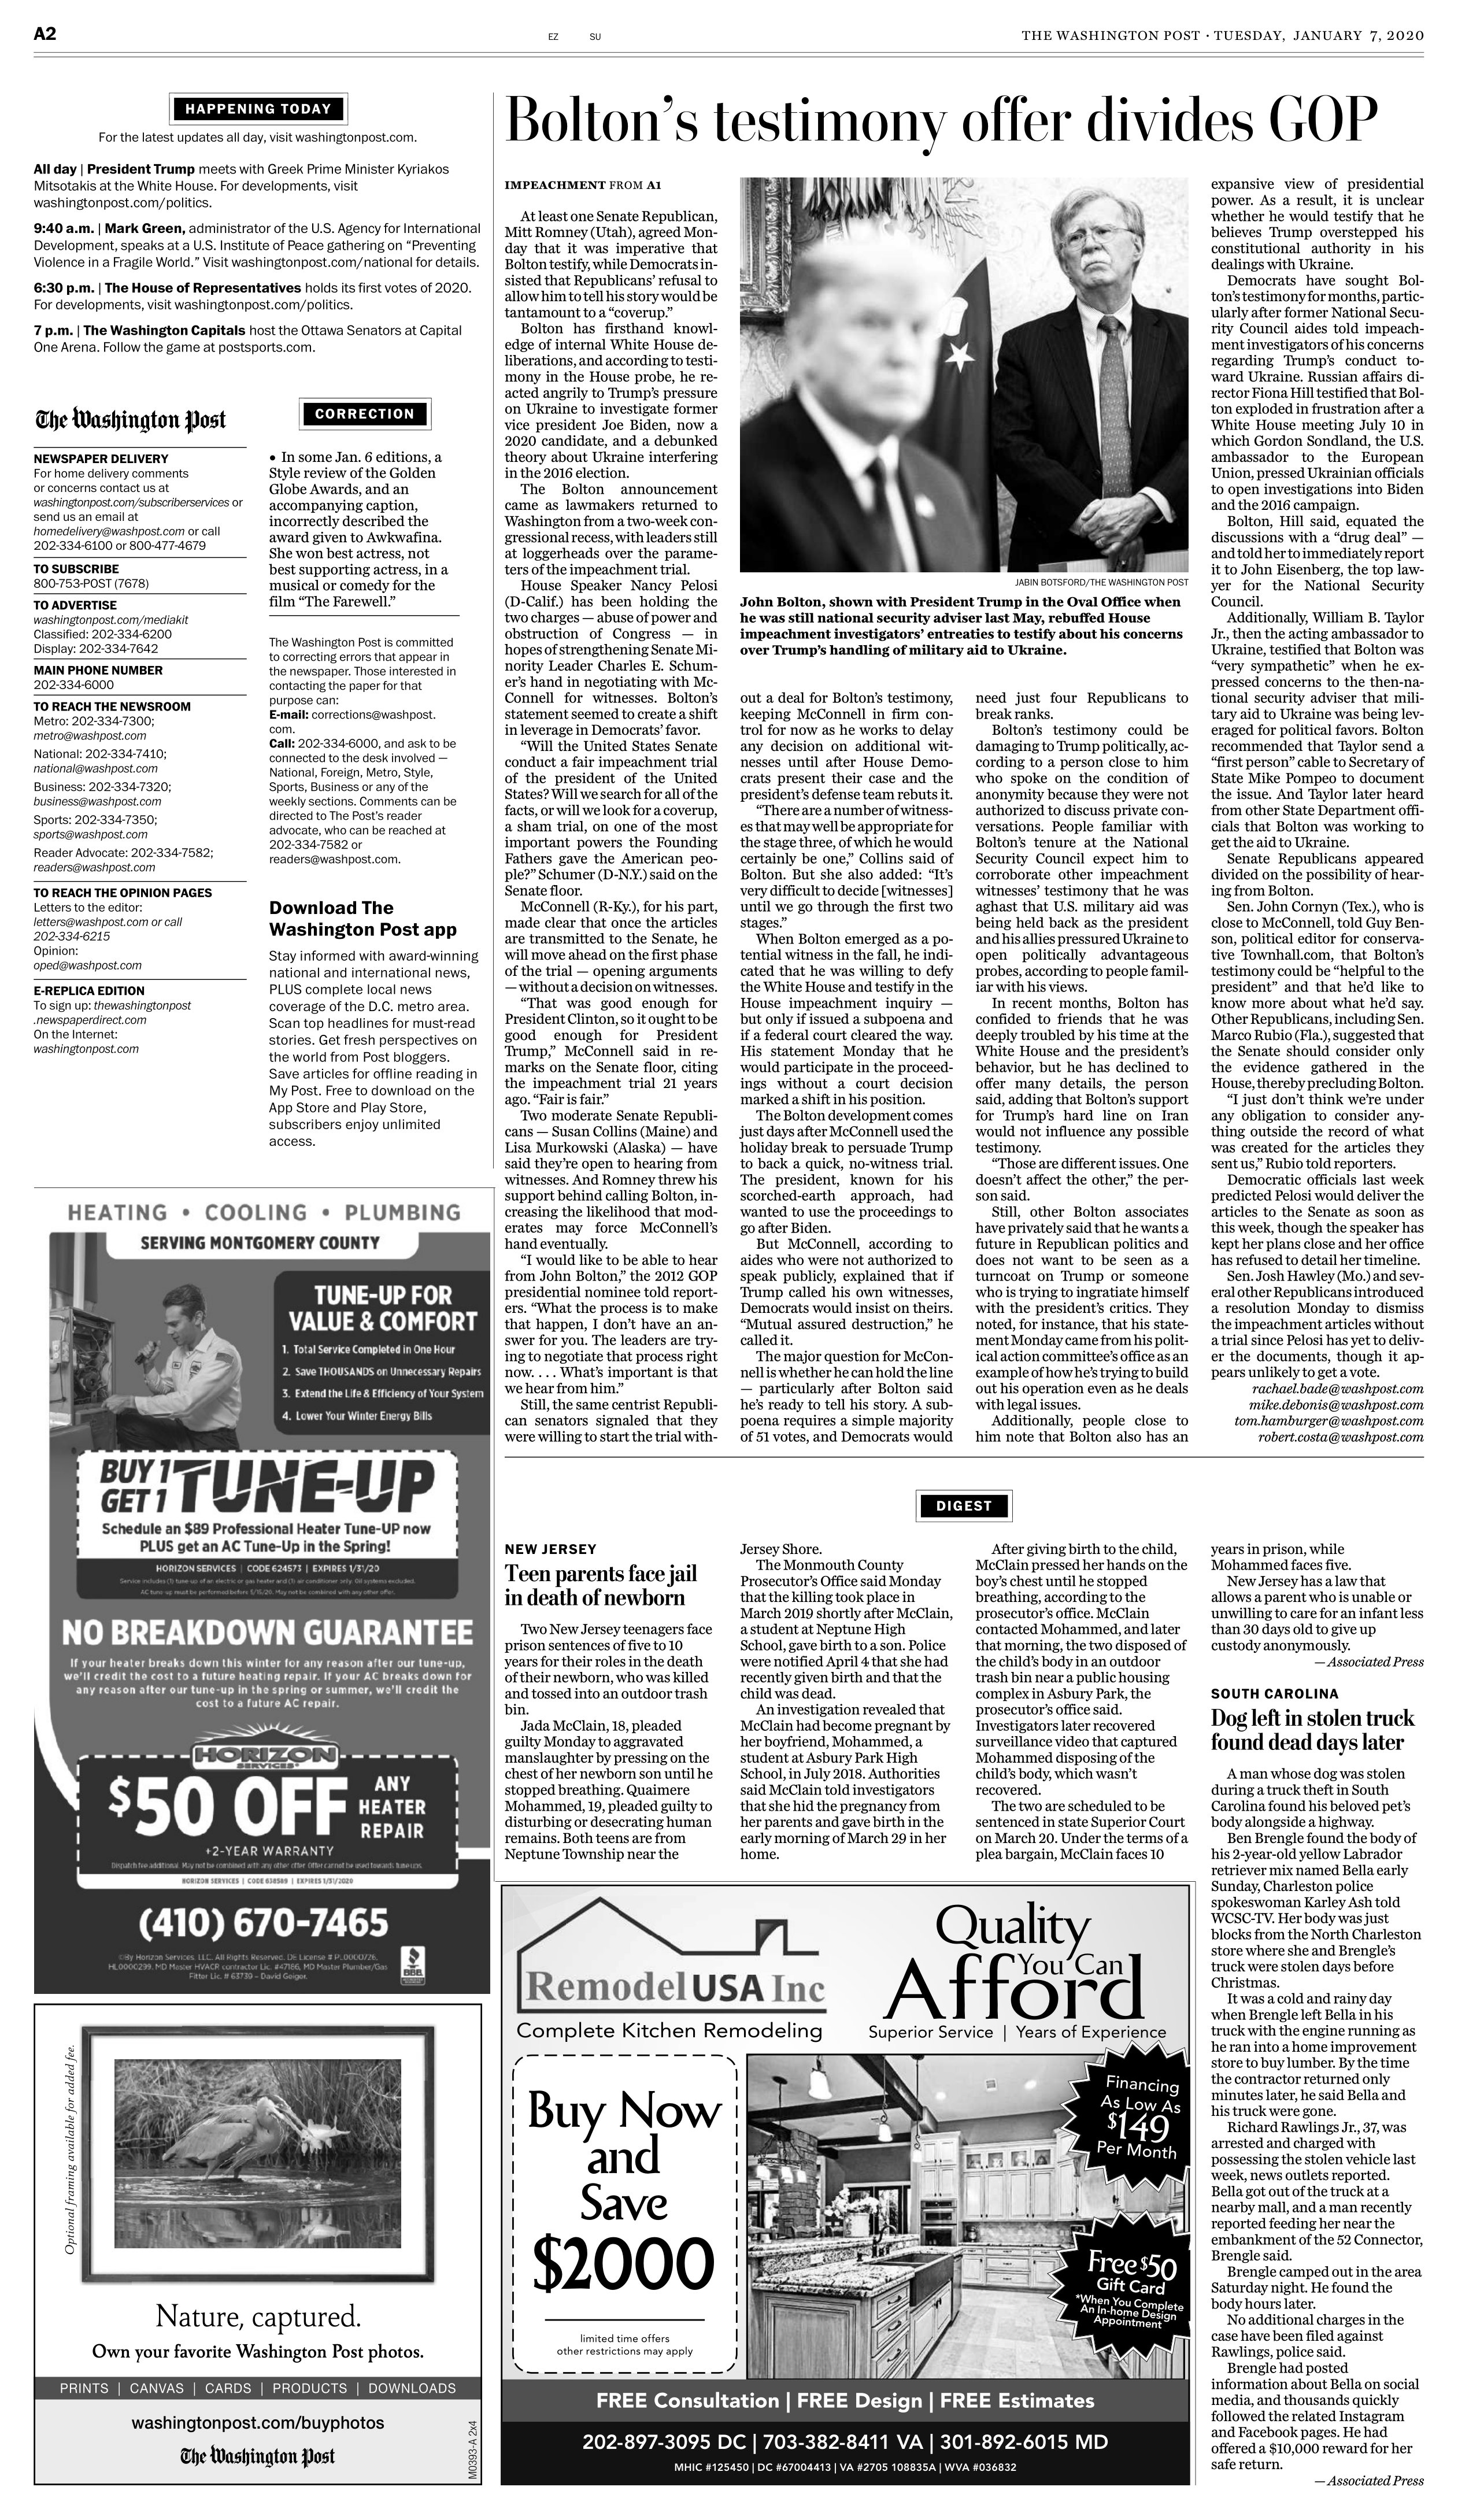
Language: en